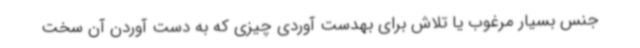
جنس بسیار مرغوب یا تلاش برای بهدست آوردی چیزی که به دست آوردن آن سخت